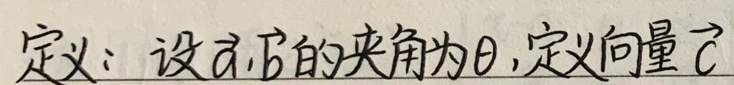
定义：设$\vec{a},\vec{b}$的夹角为$\theta$,定义向量$\vec{c}$